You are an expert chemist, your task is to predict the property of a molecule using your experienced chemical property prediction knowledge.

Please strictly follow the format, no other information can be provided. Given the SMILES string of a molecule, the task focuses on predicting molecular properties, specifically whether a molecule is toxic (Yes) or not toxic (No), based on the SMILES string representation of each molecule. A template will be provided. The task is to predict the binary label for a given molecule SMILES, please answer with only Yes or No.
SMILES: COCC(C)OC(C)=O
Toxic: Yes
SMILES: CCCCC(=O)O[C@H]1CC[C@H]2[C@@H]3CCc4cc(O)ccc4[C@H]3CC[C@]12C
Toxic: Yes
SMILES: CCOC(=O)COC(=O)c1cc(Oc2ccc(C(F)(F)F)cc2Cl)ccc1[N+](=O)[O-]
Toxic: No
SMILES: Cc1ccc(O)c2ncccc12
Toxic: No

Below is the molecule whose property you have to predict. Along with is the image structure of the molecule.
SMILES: CC(O)(P(=O)(O)O)P(=O)(O)O
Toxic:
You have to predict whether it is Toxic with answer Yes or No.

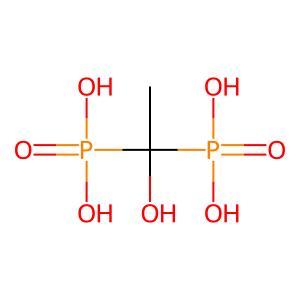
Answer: No